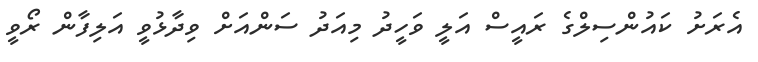
އެރަށު ކައުންސިލްގެ ރައީސް އަލީ ވަހީދު މިއަދު ސަންއަށް ވިދާޅުވީ އަލިފާން ރޯވީ